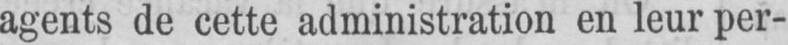
agents de cette administration en leur per-